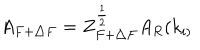
LaTeX: A _ { F + \triangle F } = Z _ { F + \triangle F } ^ { \frac 1 2 } A _ { R } ( k _ { i ) }